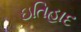
ઇતિહાદ